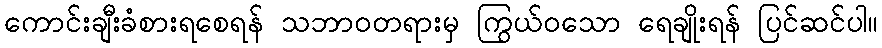
ကောင်းချီးခံစားရစေရန် သဘာဝတရားမှ ကြွယ်ဝသော ရေချိုးရန် ပြင်ဆင်ပါ။